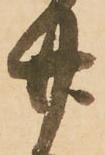
廿